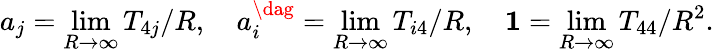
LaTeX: a_{j}=\operatorname*{lim}_{R\to\infty}T_{4j}/R,\quad a_{i}^{\dag}=\operatorname*{lim}_{R\to\infty}T_{i4}/R,\quad{\mathbf 1}=\operatorname*{lim}_{R\to\infty}T_{44}/R^{2}.